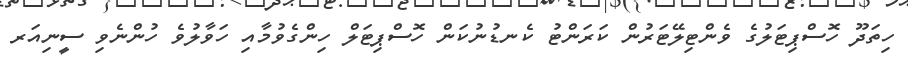
ހިތަދޫ ހޮސްޕިޓަލުގެ ވެންޓިލޭޓަރުން ކަރަންޓު ކެނޑުނުކަން ހޮސްޕިޓަލް ހިންގެވުމާއި ހަވާލުވެ ހުންނެވި ސީނިއަރ